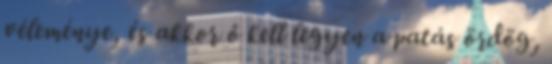
véleménye, és akkor ő kell legyen a patás ördög,